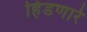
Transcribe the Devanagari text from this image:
हिंडणारे